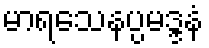
မာရသေနပ္ပမဒ္ဒနံ